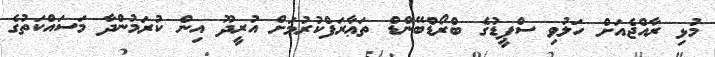
މުޅި ރާއްޖެއަށް ހަލުވި ސްޕީޑުގެ ބްރޯޑްބޭންޑް ތަޢާރަފްކުރުމަށް އުރީދޫ އިން ކުރަމުންދާ މަސައްކަތުގެ